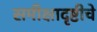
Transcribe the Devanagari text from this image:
समीक्षादृष्टीचे